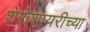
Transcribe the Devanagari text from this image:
शेरोशायरीच्या